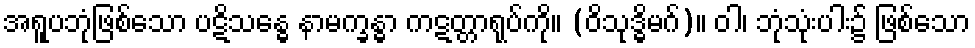
အရူပဘုံဖြစ်သော ပဋိသန္ဓေ နာမက္ခန္ဓာ ကဋတ္တာရုပ်ကို။ (ဝိသုဒ္ဓိမဂ်)။ ဝါ၊ ဘုံသုံးပါး၌ ဖြစ်သော